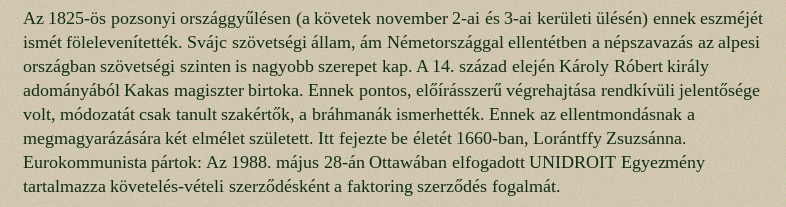
Az 1825-ös pozsonyi országgyűlésen (a követek november 2-ai és 3-ai kerületi ülésén) ennek eszméjét ismét fölelevenítették. Svájc szövetségi állam, ám Németországgal ellentétben a népszavazás az alpesi országban szövetségi szinten is nagyobb szerepet kap. A 14. század elején Károly Róbert király adományából Kakas magiszter birtoka. Ennek pontos, előírásszerű végrehajtása rendkívüli jelentősége volt, módozatát csak tanult szakértők, a bráhmanák ismerhették. Ennek az ellentmondásnak a megmagyarázására két elmélet született. Itt fejezte be életét 1660-ban, Lorántffy Zsuzsánna. Eurokommunista pártok: Az 1988. május 28-án Ottawában elfogadott UNIDROIT Egyezmény tartalmazza követelés-vételi szerződésként a faktoring szerződés fogalmát.